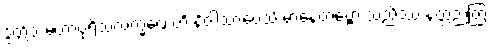
ဒွတ္တိံသမဟာပုရိသလက္ခဏေဟိ နိဝါသာပေသိ မာနေတဗ္ဗော သညိဿ နတ္ထညတြ